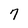
Character: 7